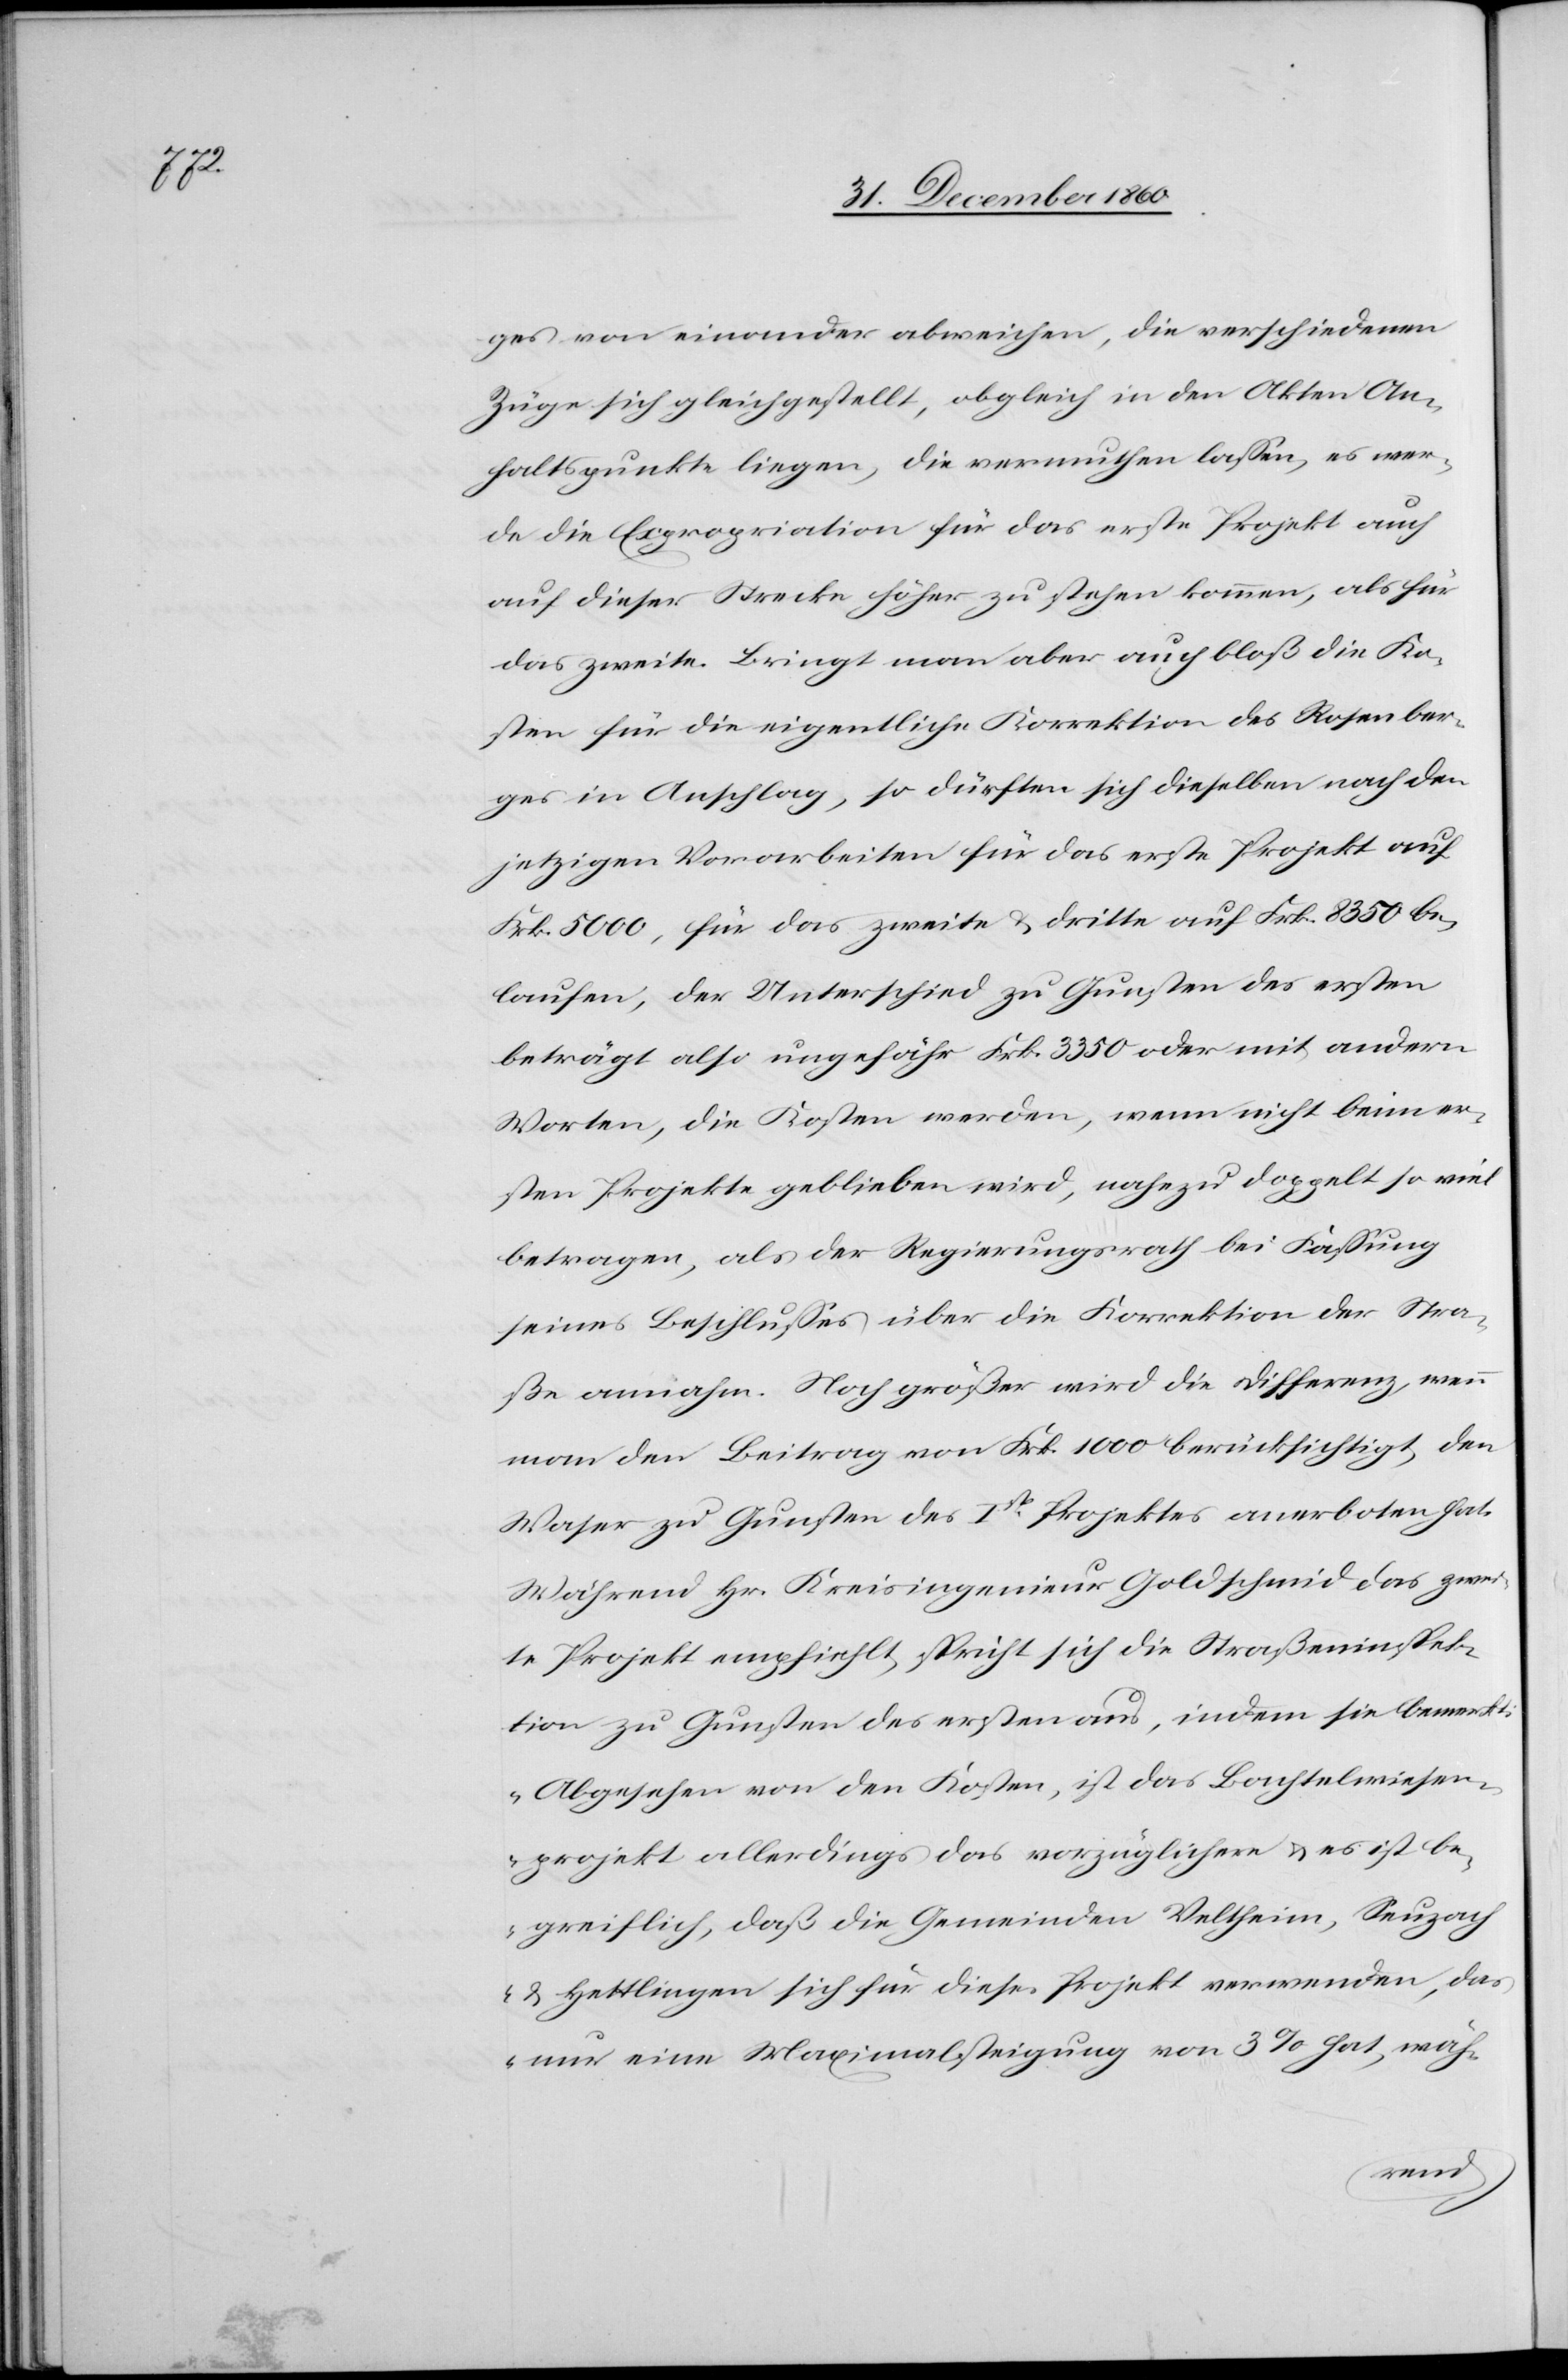
ges von einander abweichen, die verschiedenen
Züge sich gleichgestellt, obgleich in den Akten An¬
haltspunkte liegen, die vermuthen lassen, es wer¬
de die Expropriation für das erste Projekt auch
auf dieser Strecke höher zu stehen kommen, als für
das zweite. Bringt man aber auch bloß die Ko¬
sten für die eigentliche Korrektion des Rosenber¬
ges in Anschlag, so dürften sich dieselben nach den
jetzigen Vorarbeiten für das erste Projekt auf
Frk. 5000, für das zweite u. dritte auf Frk. 8350 be¬
laufen, der Unterschied zu Gunsten des ersten
beträgt also ungefähr Frk. 3350 oder mit andern
Worten, die Kosten werden, wenn nicht beim er¬
sten Projekte geblieben wird, nahezu doppelt so viel
betragen, als der Regierungsrath bei Fassung
seines Beschlusses über die Korrektion der Stra¬
ße annahm. Noch größer wird die Differenz, wenn
man den Beitrag von Frk. 1000 berücksichtigt, den
Waser zu Gunsten des Ist[en] Projektes anerboten hat.
Während Hr. Kreisingenieur Goldschmid das zwei¬
te Projekt empfiehlt, sprich sich die Straßeninspek¬
tion zu Gunsten des ersten aus, indem sie bemerkt:
„Abgesehen von den Kosten, ist das Bachtelwiesen¬
projekt allerdings das vorzüglichere u. es ist be¬
greiflich, daß die Gemeinden Veltheim, Seuzach
u. Hettlingen sich für diese[s] Projekt verwenden, das
nur eine Maximalsteigung von 3% hat, wäh-